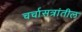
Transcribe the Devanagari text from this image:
चर्चासत्रांतील